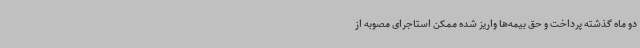
دو ماه گذشته پرداخت و حق بیمه‌ها واریز شده ممکن استاجرای مصوبه از